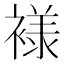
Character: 𰴄